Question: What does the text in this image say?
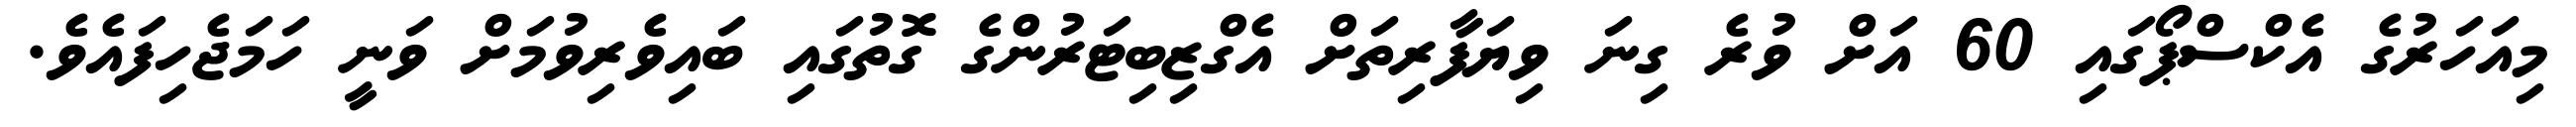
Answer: މިއަހަރުގެ އެކްސްޕޯގައި 60 އަށް ވުރެ ގިނަ ވިޔަފާރިތަށް އެގްޒިބިޓަރުންގެ ގޮތުގައި ބައިވެރިވުމަށް ވަނީ ހަމަޖެހިފައެވެ.